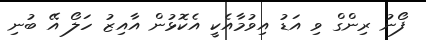
ފޯނު ރިންގް ވި އަޑު އިވުމާއެކީ އެކޮޅުން އާއިޒު ހަލޯ އޭ ބުނި